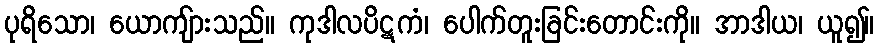
ပုရိသော၊ ယောကျ်ားသည်။ ကုဒါလပိဋကံ၊ ပေါက်တူးခြင်းတောင်းကို။ အာဒါယ၊ ယူ၍။